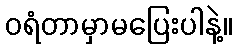
ဝရံတာမှာမပြေးပါနဲ့။